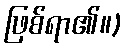
ဖြစ်ရာ၏။)